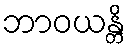
ဘာဝယန္တိ